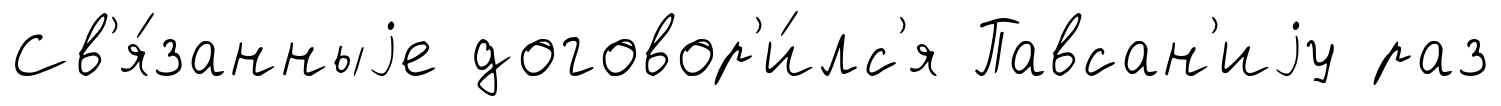
Св'я́занныjе договор'и́лс'я Павсан'иjу раз